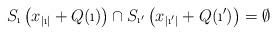
LaTeX: \begin{align*}S_{\i}\left(x_{|\i|}+Q(\i)\right)\cap S_{\i'}\left(x_{|\i'|}+Q(\i')\right)=\emptyset\end{align*}